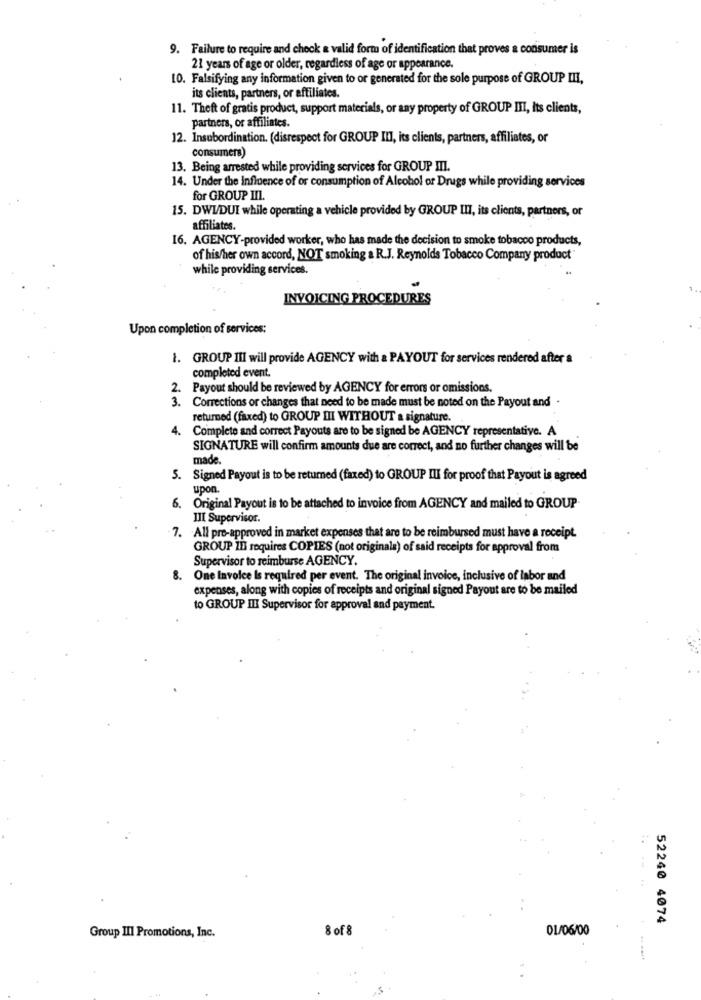
9. Failure to require and check a valid form of identification that proves a consumer is
21 years of age or older, regardless of age or appearance.
10. Falsifying any information given to or generated for the sole purpose of GROUP III,
its clients, partners, or affiliates.
11. Theft of gratis product, support materials, or any property of GROUP III, Its clients,
partners, or affiliates.
12. Insubordination. (disrespect for GROUP III, its clients, partners, affiliates, or
consumers)
13. Being arrested while providing services for GROUP III.
14. Under the influence of or consumption of Alcohol or Drugs while providing services
for GROUP III.
15. DWUDUI while operating a vehicle provided by GROUP III, its clients, partners, or
affiliates.
16. AGENCY-provided worker, who has made the decision to smoke tobacco products,
of his/her own accord, NOT smoking a R.J. Reynolds Tobacco Company product"
while providing services.
INVOICING PROCEDURES
Upon completion of services;
1. GROUP III will provide AGENCY with a PAYOUT for services rendered after a
completed event.
2. Payout should be reviewed by AGENCY for errors or omissions.
3. Corrections or changes that need to be made must be noted on the Payout and
returned (faxed) to GROUP III WITHOUT a signature.
4. Complete and correct Payouts are to be signed be AGENCY representative. A
SIGNATURE will confirm amounts due are correct, and no further changes will be
made.
5. Signed Payout is to be returned (faxed) to GROUP III for proof that Payout is agreed
upon.
6. Original Payout is to be attached to invoice from AGENCY and mailed to GROUP
III Supervisor.
7. All pre-approved in market expenses that are to be reimbursed must have a receipt.
GROUP ID requires COPIES (not originals) of said receipts for approval from
Supervisor to reimburse AGENCY.
8. One Invoice Is required per event. The original invoice, inclusive of labor and
expenses, along with copies of receipts and original signed Payout are to be mailed
to GROUP III Supervisor for approval and payment.
52240 4074
8 of 8
0L/06/00
Group III Promotions, Inc.